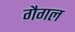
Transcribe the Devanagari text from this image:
गैगल